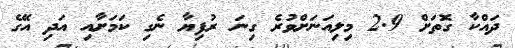
ދައްކާ ގޮތަށް 2.9 މިލިއަނަށްވުރެ ގިނަ ރުފިޔާ ނެގި ކަމަށާއި އަދި އޭގެ